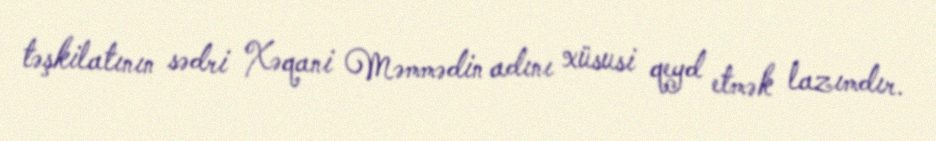
təşkilatının sədri Xəqani Məmmədin adını xüsusi qeyd etmək lazımdır.